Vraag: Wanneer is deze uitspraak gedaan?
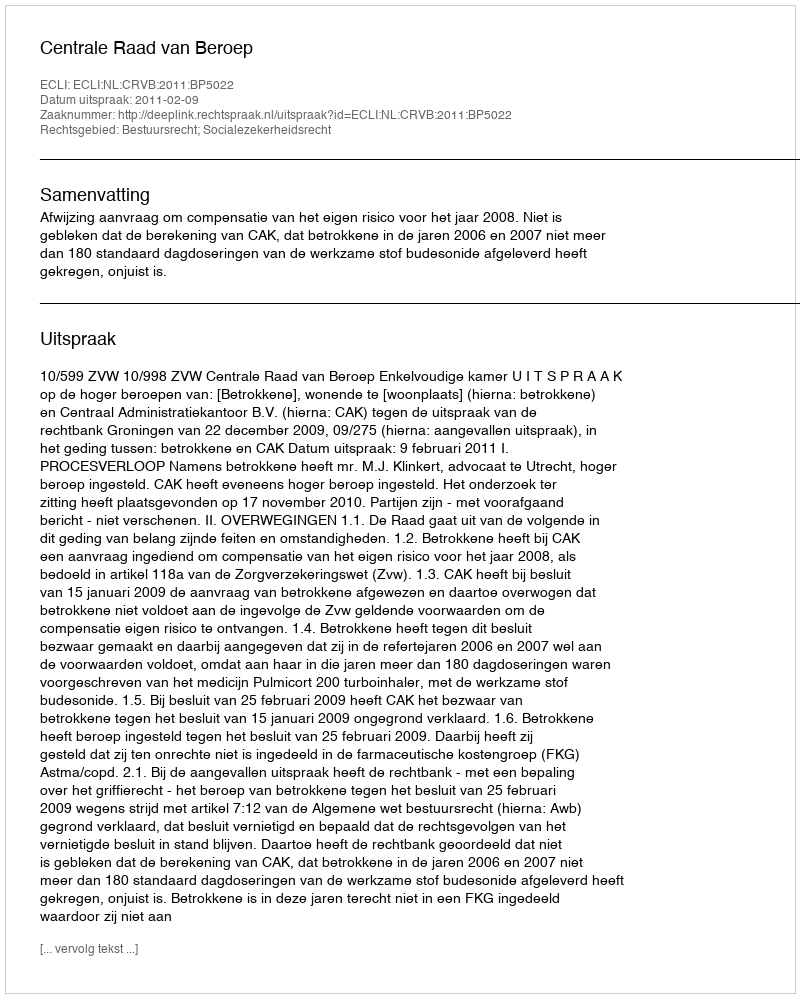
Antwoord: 2011-02-09